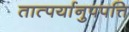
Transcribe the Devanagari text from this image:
तात्पर्यानुपपत्ति